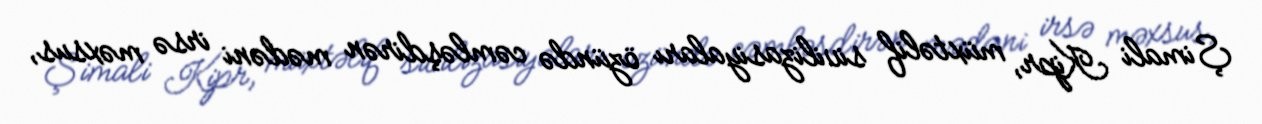
Şimali Kipr, müxtəlif sivilizasiyaları özündə cəmləşdirən mədəni irsə məxsus,